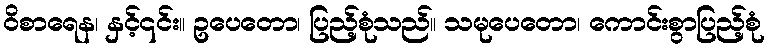
ဝိစာရေန၊ နှင့်၎င်း။ ဥပေတော၊ ပြည့်စုံသည်။ သမုပေတော၊ ကောင်းစွာပြည့်စုံ